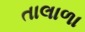
તાલાળા